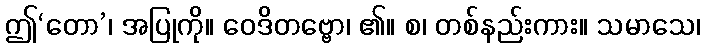
ဤ‘တော’၊ အပြုကို။ ဝေဒိတဗ္ဗော၊ ၏။ စ၊ တစ်နည်းကား။ သမာသေ၊